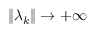
\| \boldsymbol { \lambda } _ { k } \| \rightarrow + \infty